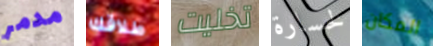
مدمر طلاقك تخليت لخسارة المكان